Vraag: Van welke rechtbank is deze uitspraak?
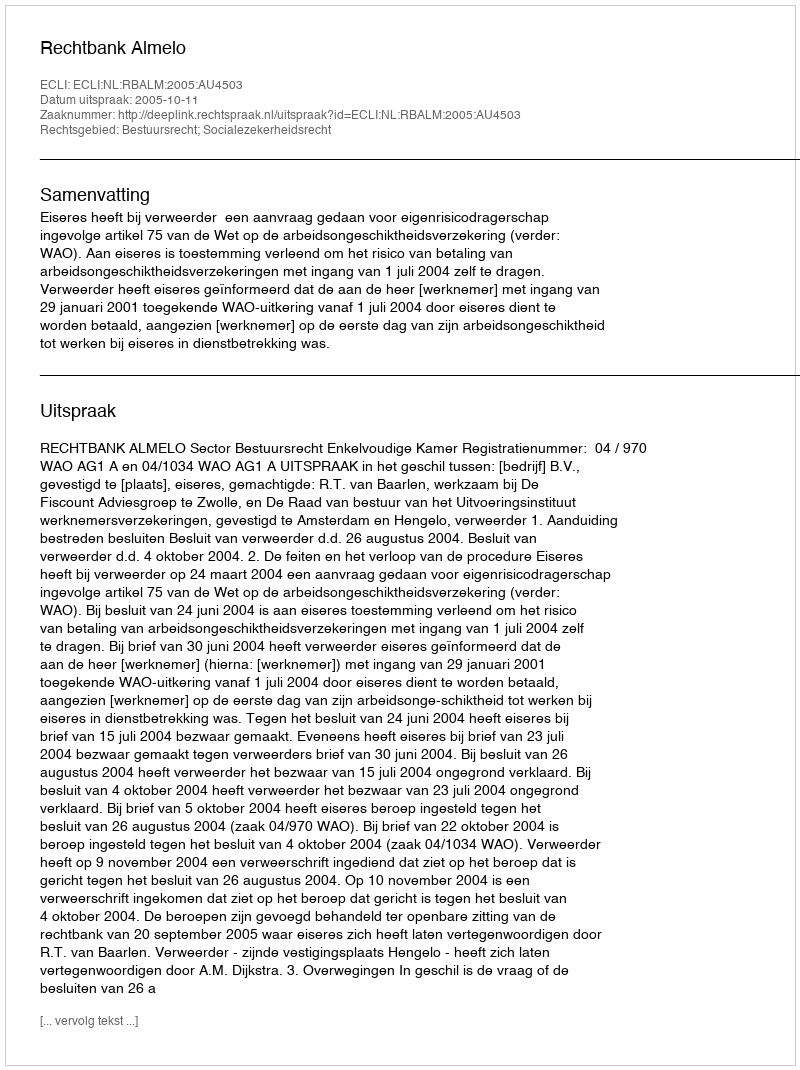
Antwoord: Rechtbank Almelo